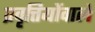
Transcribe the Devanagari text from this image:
प्रवृत्तियोंवाले